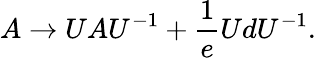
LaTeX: A\rightarrow UAU^{-1}+\frac{1}{e}UdU^{-1}.